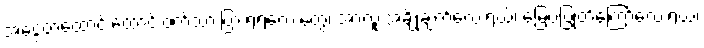
အငွေ့တထောင်းထောင်းဝက်သားပြားရဲရဲလေးတွေ၊ အာလူးအချိုချက်လေးရယ်၊ မြေပဲပြုတ်ကြော်လေးရယ်၊